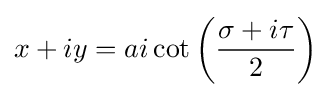
x+iy=ai\cot \left({\frac {\sigma +i\tau }{2}}\right)